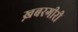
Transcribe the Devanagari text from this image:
ख़बरगीरी